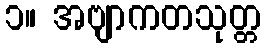
၁။ အဗျာကတသုတ္တ